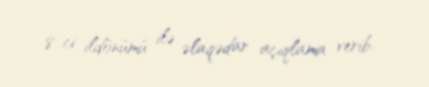
8-ci ildönümü ilə əlaqədar açıqlama verib.